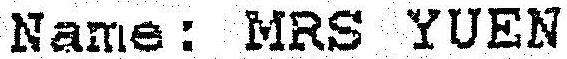
NAME : MRS YUEN